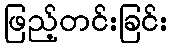
ဖြည့်တင်းခြင်း